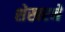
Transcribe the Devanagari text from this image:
शेखरने